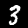
Label: 3